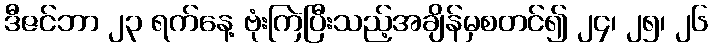
ဒီဇင်ဘာ ၂၃ ရက်နေ့ ဗုံးကြဲပြီးသည့်အချိန်မှစတင်၍ ၂၄၊ ၂၅၊ ၂၆